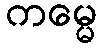
ကမ္မေ